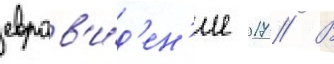
евров'и́д'ен'ие 2017 // В